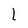
Character: l